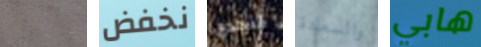
الثواني نخفض لتحدي والسعادة هابي